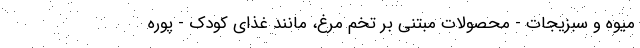
میوه و سبزیجات - محصولات مبتنی بر تخم مرغ، مانند غذای کودک - پوره